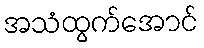
အသံထွက်အောင်